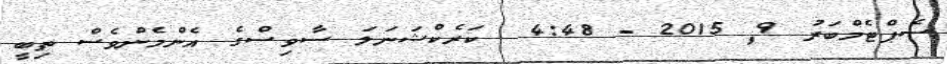
ސެޕްޓެމްބަރު 9